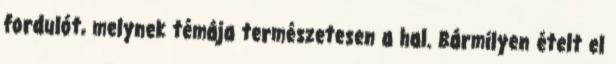
fordulót, melynek témája természetesen a hal. Bármilyen ételt el